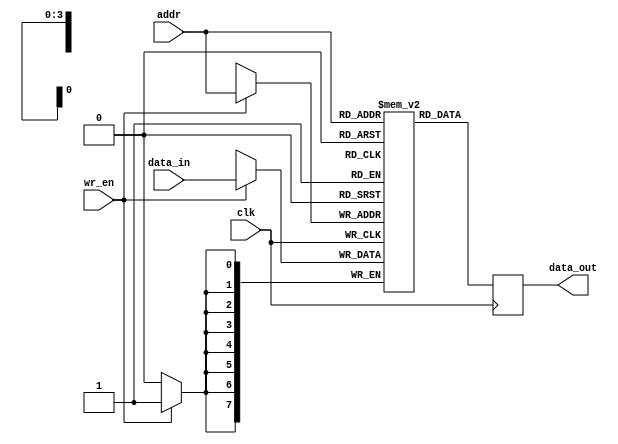
module memory_block (
    input wire clk,
    input wire wr_en,
    input wire [3:0] addr,
    input wire [7:0] data_in,
    output reg [7:0] data_out
);

    reg [7:0] memory [0:15]; // 16 x 8-bit memory

    always @(posedge clk) begin
        if (wr_en) begin
            memory[addr] <= data_in; // Write operation
        end
        data_out <= memory[addr]; // Read operation
    end

endmodule